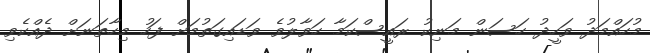
މުހައްމަދު ވަހީދު ހަސަން މަނިކު ރައީސްކަމާ ހަވާލުވެ ވަޑައިގަތުމަށް ފަހު މިހާތަނަށް ދެއްކެވި